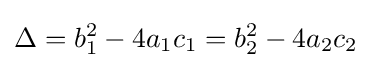
\Delta =b_{1}^{2}-4a_{1}c_{1}=b_{2}^{2}-4a_{2}c_{2}